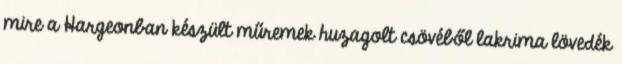
mire a Hargeonban készült műremek huzagolt csövéből lakrima lövedék